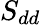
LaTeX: S_{dd}